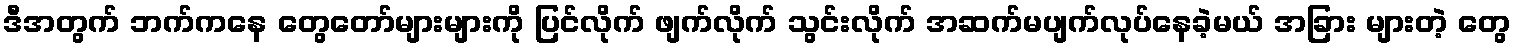
ဒီအတွက် ဘက်ကနေ တွေတော်များများကို ပြင်လိုက် ဖျက်လိုက် သွင်းလိုက် အဆက်မပျက်လုပ်နေခဲ့မယ် အခြား များတဲ့ တွေ